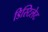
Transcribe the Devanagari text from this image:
डिस्टिलेट